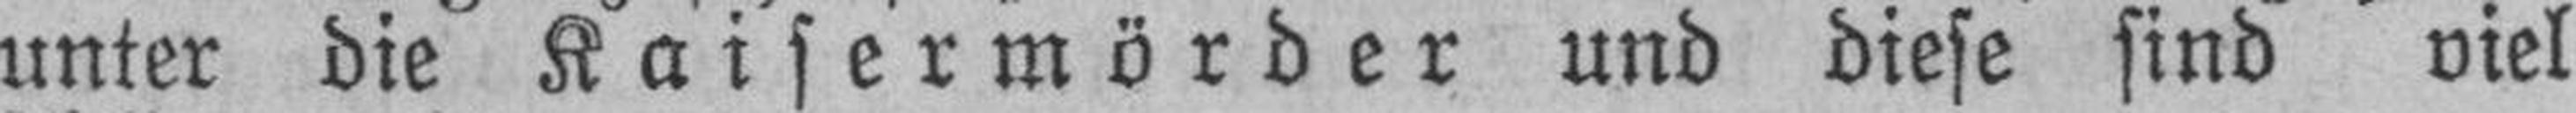
unter die Kaisermörder und diese sind viel